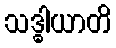
သဒ္ဓါယာတိ